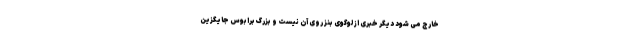
خارج می شود دیگر خبری از لوگوی بنز روی آن نیست و بزرگ برابوس جایگزین